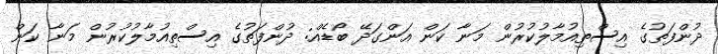
ދުންފަތުގެ އިސްތިއުމާލުކުރުން މަނާ ކަން އަންގަދޭ ބޯޑެއް: ދުންފަތުގެ އިސްތިއުމާލުކުރުން މަނާ ކަން